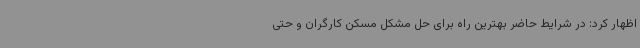
اظهار کرد: در شرایط حاضر بهترین راه برای حل مشکل مسکن کارگران و حتی